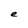
Character: e